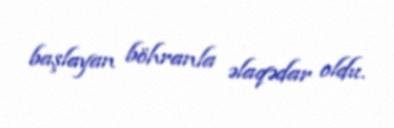
başlayan böhranla əlaqədar oldu.